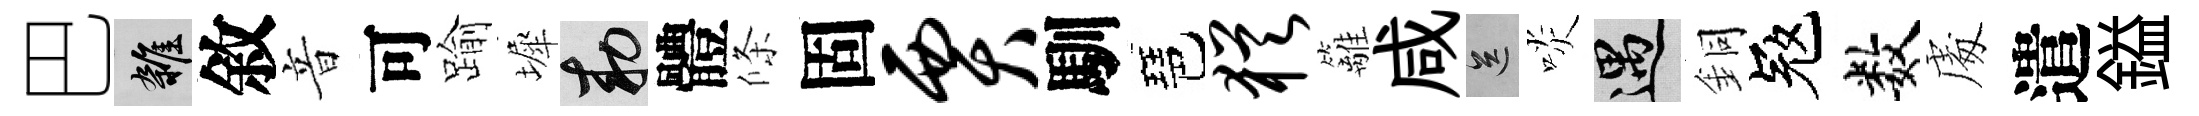
巴雜敘音可踰墀敕體條固贾馴琶犹籬咸送啖遇銅冦数䖏遣鎰